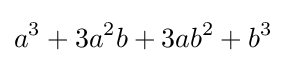
a^{3}+3a^{2}b+3ab^{2}+b^{3}